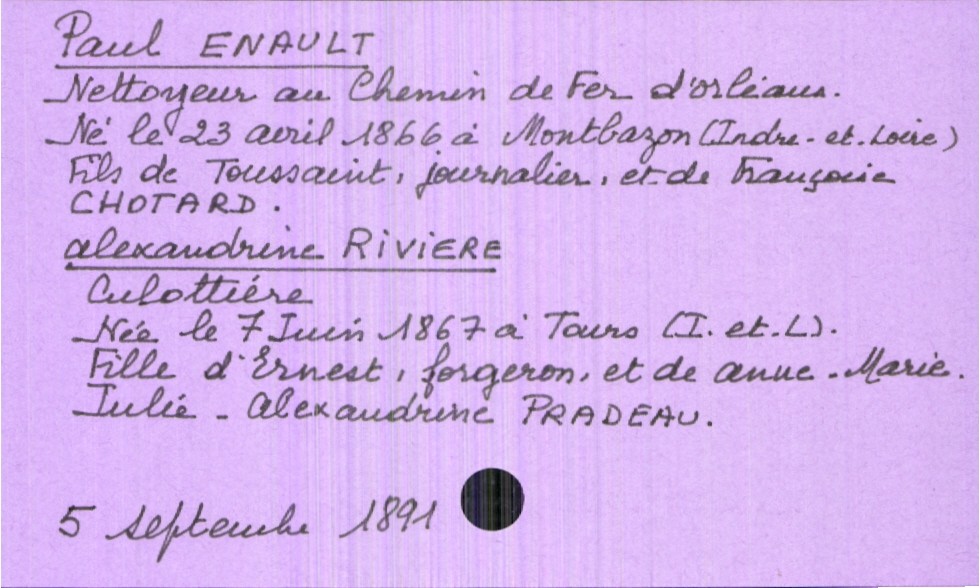
type_acte: Mariage
année: 1891
mois: septembre
jour: 5
marié_nom: Enault
marié_prénom: Paul
marié_profession: nettoyeur au chemin de fer d'Orléans
marié_date_de_naissance: 23 avril 1866
marié_lieu_de_naissance: Montbazon (Indre-et-Loire)
père_marié_nom: Enault
père_marié_prénom: Toussaint
père_marié_profession: journalier
mère_marié_nom: Chotard
mère_marié_prénom: Françoise
mariée_nom: Riviere
mariée_prénom: Alexandrine
mariée_profession: culottière
mariée_date_de_naissance: 7 juin 1867
mariée_lieu_de_naissance: Tours (Indre-et-Loire)
père_mariée_nom: Riviere
père_mariée_prénom: Ernest
père_mariée_profession: forgeron
mère_mariée_nom: Pradeau
mère_mariée_prénom: Anne-Marie-Julie-Alexandrine